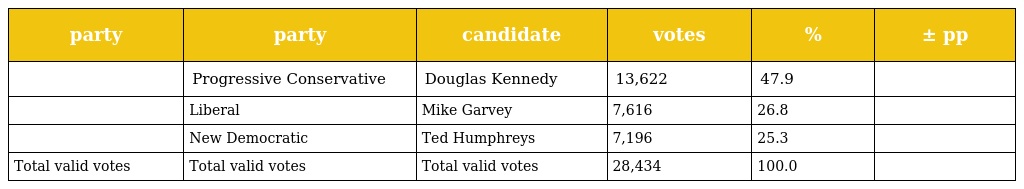
| party | party | candidate | votes | % | ± pp |
 | --- | --- | --- | --- | --- | --- |
 |  | Progressive Conservative | Douglas Kennedy | 13,622 | 47.9 |  |
 |  | Liberal | Mike Garvey | 7,616 | 26.8 |  |
 |  | New Democratic | Ted Humphreys | 7,196 | 25.3 |  |
 | Total valid votes | Total valid votes | Total valid votes | 28,434 | 100.0 |  |